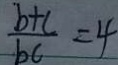
\frac { b + c } { b c } = 4